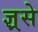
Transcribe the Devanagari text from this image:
ज्ञ्रसे